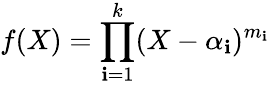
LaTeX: f(X)=\prod_{\mathbf{i}=1}^{k}(X-\alpha_{\mathbf{i}})^{m_{\mathbf{i}}}